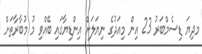
މދިޔަ ޑިސެމްބަރު 23 އިން މިއަދުގެ ނިޔަަލަށް އިންޑިޔާގައި ބޭއްވި މު މުބާރާތަށް